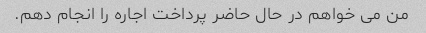
من می خواهم در حال حاضر پرداخت اجاره را انجام دهم.